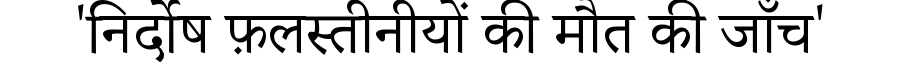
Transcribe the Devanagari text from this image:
'निर्दोष फ़लस्तीनीयों की मौत की जाँच'